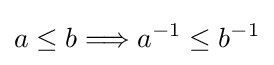
a\leq b\Longrightarrow a^{-1}\leq b^{-1}